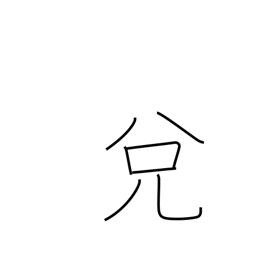
Meaning: exchange